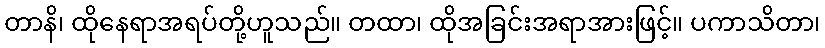
တာနိ၊ ထိုနေရာအရပ်တို့ဟူသည်။ တထာ၊ ထိုအခြင်းအရာအားဖြင့်။ ပကာသိတာ၊